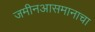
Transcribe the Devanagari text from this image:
जमीनआसमानाचा